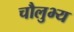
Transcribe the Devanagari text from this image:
चौलुभ्य